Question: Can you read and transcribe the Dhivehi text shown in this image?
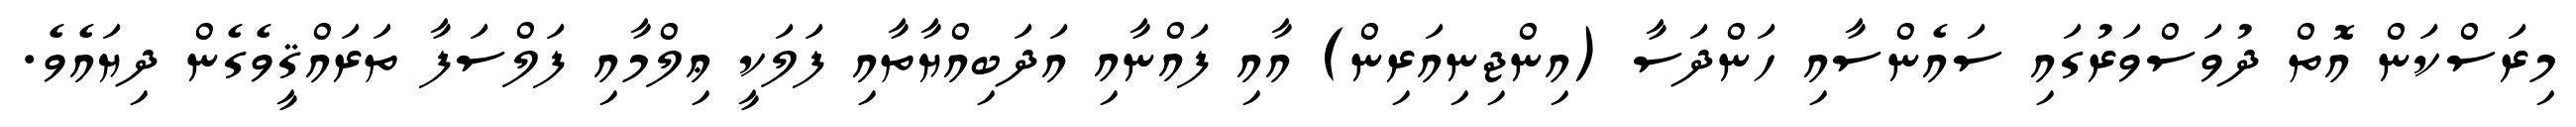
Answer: މިރަސްކަން އޮތް ދުވަސްވަރުގައި ސައެންސާއި ހަންދަސާ (އިންޖިނިއަރިން) އާއި ފައްނާއި އަދަބިއްޔާތާއި ފަލަކީ ޢިލްމާއި ފަލްސަފާ ތަރައްޤީވެގެން ދިޔައެވެ.